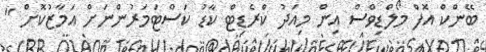
ބޭންކް އޮފް މޯލްޑިވްސް އިން މިއަދު ކްރެޑިޓް ކާޑު ކަސްޓަމަރުންނަށް އަމާޒުކޮށް "